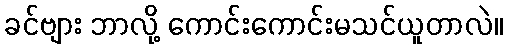
ခင်ဗျား ဘာလို့ ကောင်းကောင်းမသင်ယူတာလဲ။